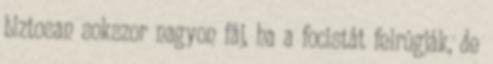
biztosan sokszor nagyon fáj, ha a focistát felrúgják, de